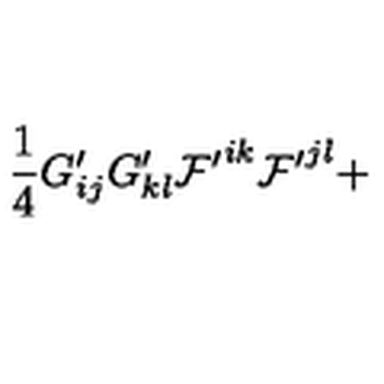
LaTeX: \frac { 1 } { 4 } G _ { i j } ^ { \prime } G _ { k l } ^ { \prime } { \cal F ^ { \prime } } ^ { i k } { \cal F ^ { \prime } } ^ { j l } +